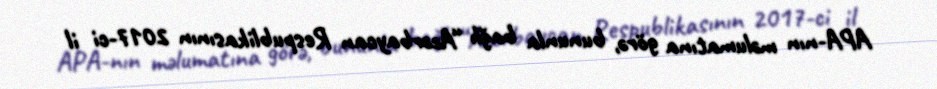
APA-nın məlumatına görə, bununla bağlı “Azərbaycan Respublikasının 2017-ci il